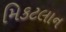
મિકટલાન